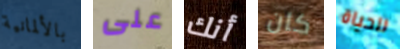
بالألمانية على أنك كان للحياة